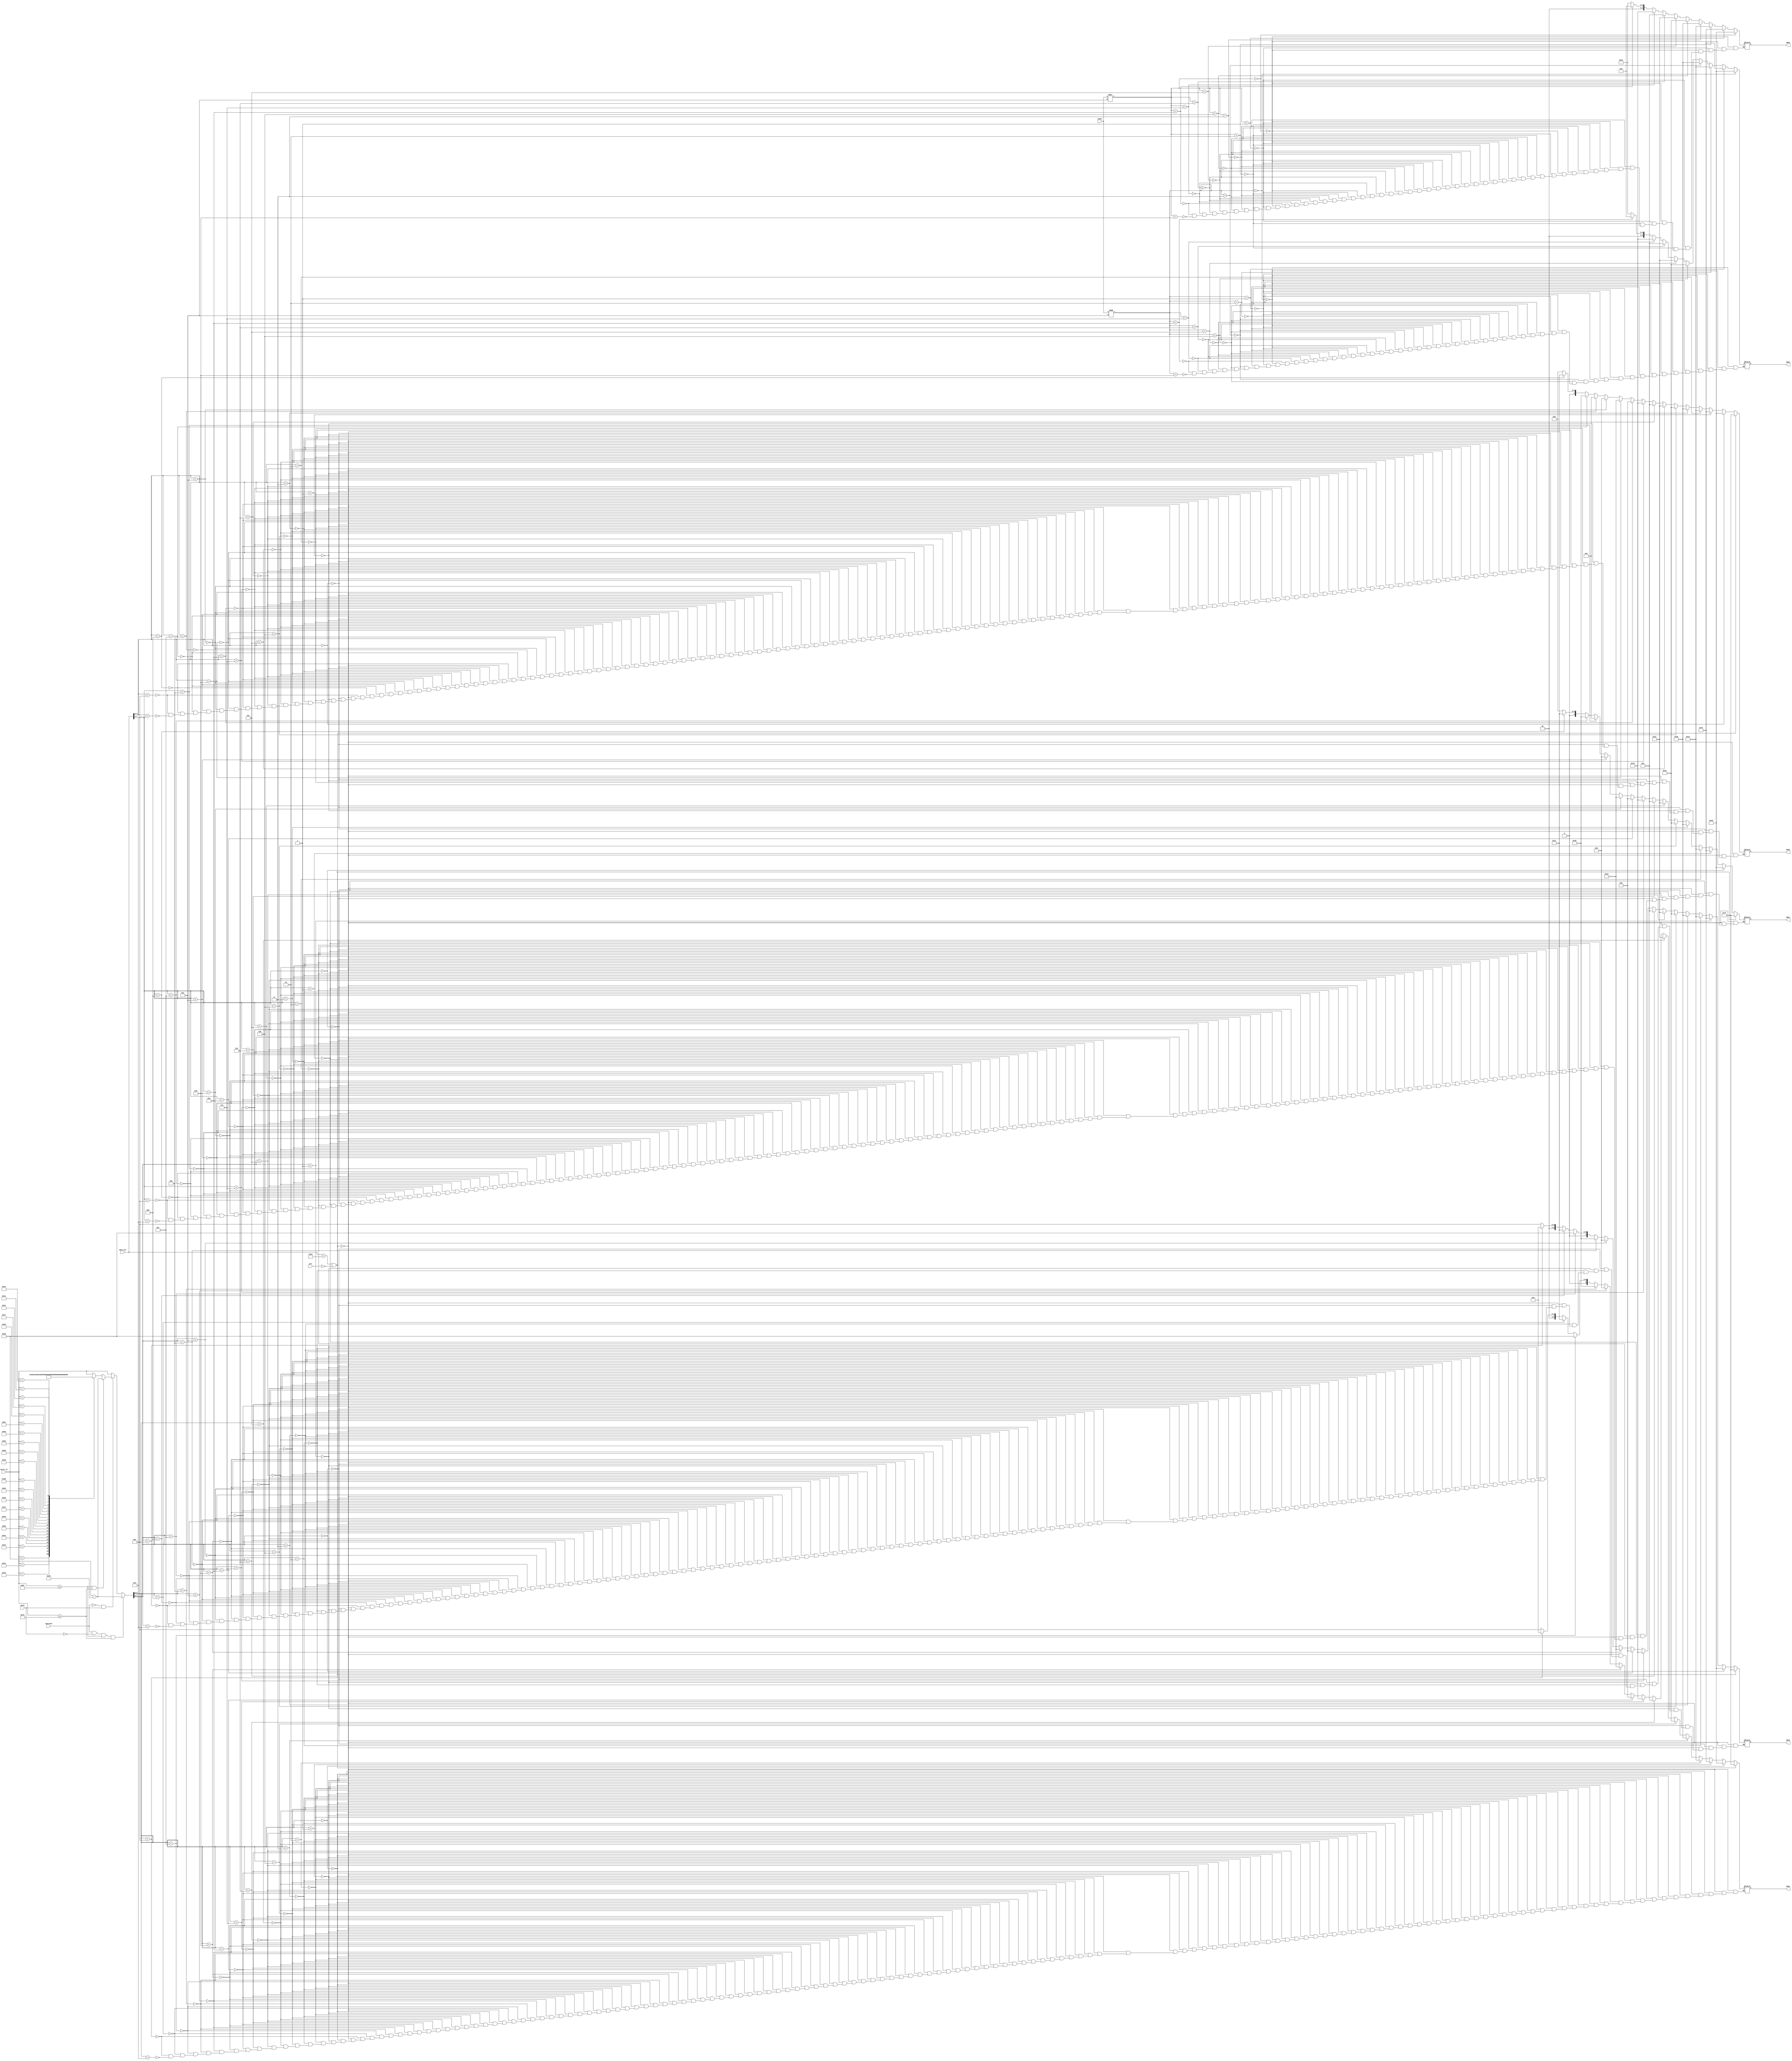
module display_panel(data_out,pre,ascii_in,count,capslock,shift,
HEX0,HEX1,HEX2,HEX3,HEX4,HEX5);
input [7:0] data_out;
input [7:0] ascii_in;
input [7:0] count;
input pre,capslock,shift;

output reg [6:0] HEX0;
output reg [6:0] HEX1;
output reg [6:0] HEX2;
output reg [6:0] HEX3;
output reg [6:0] HEX4;
output reg [6:0] HEX5;

reg [7:0] ascii;
always@(*)
begin
	ascii=ascii_in;
	if(capslock==1&&shift==0&&ascii>=97&&ascii<=122)//up
	begin
		ascii=ascii-32;
	end
	else if(capslock==0&&shift==1)
	begin
		if(ascii>=97&&ascii<=122)
		begin
			ascii=ascii-32;
		end
		else
		begin
			case(ascii[7:0])
				48:ascii=41;
				49:ascii=33;
				50:ascii=64;
				51:ascii=35;
				52:ascii=36;
				53:ascii=37;
				54:ascii=94;
				55:ascii=38;
				56:ascii=42;
				57:ascii=40;//0~9
				45:ascii=95;
				61:ascii=43;
				96:ascii=126;
				91:ascii=123;
				93:ascii=125;
				92:ascii=124;
				59:ascii=58;
				39:ascii=34;
				44:ascii=60;
				46:ascii=62;
				47:ascii=63;
				default:ascii=ascii;
			endcase
		end
	end
	
	if(data_out==8'hf0||pre==0)
		begin
		HEX0=7'b1111111;
		HEX1=7'b1111111;
		HEX2=7'b1111111;
		HEX3=7'b1111111;
		end
	else
		begin
			if(data_out[7:4]==4'b0000)
				HEX1=7'b1000000;
			else if(data_out[7:4]==4'h1)
				HEX1=7'b1111001;
			else if(data_out[7:4]==4'h2)
				HEX1=7'b0100100;	
			else if(data_out[7:4]==4'h3)
				HEX1=7'b0110000;
			else if(data_out[7:4]==4'h4)
				HEX1=7'b0011001;
			else if(data_out[7:4]==4'h5)
				HEX1=7'b0010010;
			else if(data_out[7:4]==4'h6)
				HEX1=7'b0000010;	
			else if(data_out[7:4]==4'h7)
				HEX1=7'b1111000;	
			else if(data_out[7:4]==4'h8)
				HEX1=7'b0000000;
			else if(data_out[7:4]==4'h9)
				HEX1=7'b0010000;
			else if(data_out[7:4]==4'ha)
				HEX1=7'b0001000;
			else if(data_out[7:4]==4'hb)
				HEX1=7'b0000011;	
			else if(data_out[7:4]==4'hc)
				HEX1=7'b1000110;
			else if(data_out[7:4]==4'hd)
				HEX1=7'b0100001;
			else if(data_out[7:4]==4'he)
				HEX1=7'b0000110;
			else if(data_out[7:4]==4'hf)
				HEX1=7'b0000110;
				
			if(data_out[3:0]==4'b0000)
				HEX0=7'b1000000;
			else if(data_out[3:0]==4'h1)
				HEX0=7'b1111001;
			else if(data_out[3:0]==4'h2)
				HEX0=7'b0100100;	
			else if(data_out[3:0]==4'h3)
				HEX0=7'b0110000;
			else if(data_out[3:0]==4'h4)
				HEX0=7'b0011001;
			else if(data_out[3:0]==4'h5)
				HEX0=7'b0010010;
			else if(data_out[3:0]==4'h6)
				HEX0=7'b0000010;	
			else if(data_out[3:0]==4'h7)
				HEX0=7'b1111000;	
			else if(data_out[3:0]==4'h8)
				HEX0=7'b0000000;
			else if(data_out[3:0]==4'h9)
				HEX0=7'b0010000;
			else if(data_out[3:0]==4'ha)
				HEX0=7'b0001000;
			else if(data_out[3:0]==4'hb)
				HEX0=7'b0000011;	
			else if(data_out[3:0]==4'hc)
				HEX0=7'b1000110;
			else if(data_out[3:0]==4'hd)
				HEX0=7'b0100001;
			else if(data_out[3:0]==4'he)
				HEX0=7'b0000110;
			else if(data_out[3:0]==4'hf)
				HEX0=7'b0000110;		
				
			if(ascii[3:0]==4'b0000)
				HEX2=7'b1000000;
			else if(ascii[3:0]==4'b0001)
				HEX2=7'b1111001;
			else if(ascii[3:0]==4'b0010)
				HEX2=7'b0100100;	
			else if(ascii[3:0]==4'b0011)
				HEX2=7'b0110000;
			else if(ascii[3:0]==4'b0100)
				HEX2=7'b0011001;
			else if(ascii[3:0]==4'b0101)
				HEX2=7'b0010010;
			else if(ascii[3:0]==4'b0110)
				HEX2=7'b0000010;	
			else if(ascii[3:0]==4'b0111)
				HEX2=7'b1111000;	
			else if(ascii[3:0]==4'b1000)
				HEX2=7'b0000000;
			else if(ascii[3:0]==4'b1001)
				HEX2=7'b0010000;
			else if(ascii[3:0]==4'b1010)
				HEX2=7'b0001000;
			else if(ascii[3:0]==4'b1011)
				HEX2=7'b1000110;	
			else if(ascii[3:0]==4'b1100)
				HEX2=7'b0110000;
			else if(ascii[3:0]==4'b1101)
				HEX2=7'b0100001;
			else if(ascii[3:0]==4'b1110)
				HEX2=7'b0000110;
			else if(ascii[3:0]==4'b1111)
				HEX2=7'b0001110;
			
			if(ascii[7:4]==4'b0000)
				HEX3=7'b1000000;
			else if(ascii[7:4]==4'b0001)
				HEX3=7'b1111001;
			else if(ascii[7:4]==4'b0010)
				HEX3=7'b0100100;	
			else if(ascii[7:4]==4'b0011)
				HEX3=7'b0110000;
			else if(ascii[7:4]==4'b0100)
				HEX3=7'b0011001;
			else if(ascii[7:4]==4'b0101)
				HEX3=7'b0010010;
			else if(ascii[7:4]==4'b0110)
				HEX3=7'b0000010;	
			else if(ascii[7:4]==4'b0111)
				HEX3=7'b1111000;	
			else if(ascii[7:4]==4'b1000)
				HEX3=7'b0000000;
			else if(ascii[7:4]==4'b1001)
				HEX3=7'b0010000;
			else if(ascii[7:4]==4'b1010)
				HEX3=7'b0001000;
			else if(ascii[7:4]==4'b1011)
				HEX3=7'b1000110;	
			else if(ascii[7:4]==4'b1100)
				HEX3=7'b0110000;
			else if(ascii[7:4]==4'b1101)
				HEX3=7'b0100001;
			else if(ascii[7:4]==4'b1110)
				HEX3=7'b0000110;
			else if(ascii[7:4]==4'b1111)
				HEX3=7'b0001110;		
		end		
			
end

always@(*)
begin
		if(count%10==0)
				HEX4=7'b1000000;
			else if(count%10==1)
				HEX4=7'b1111001;
			else if(count%10==2)
				HEX4=7'b0100100;	
			else if(count%10==3)
				HEX4=7'b0110000;
			else if(count%10==4)
				HEX4=7'b0011001;
			else if(count%10==5)
				HEX4=7'b0010010;
			else if(count%10==6)
				HEX4=7'b0000010;	
			else if(count%10==7)
				HEX4=7'b1111000;	
			else if(count%10==8)
				HEX4=7'b0000000;
			else if(count%10==9)
				HEX4=7'b0010000;
			
			if(count/10==0)
				HEX5=7'b1000000;
			else if(count/10==1)
				HEX5=7'b1111001;
			else if(count/10==2)
				HEX5=7'b0100100;	
			else if(count/10==3)
				HEX5=7'b0110000;
			else if(count/10==4)
				HEX5=7'b0011001;
			else if(count/10==5)
				HEX5=7'b0010010;
			else if(count/10==6)
				HEX5=7'b0000010;	
			else if(count/10==7)
				HEX5=7'b1111000;	
			else if(count/10==8)
				HEX5=7'b0000000;
			else if(count/10==9)
				HEX5=7'b0010000;
end
endmodule